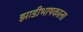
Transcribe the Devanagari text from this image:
झाडीभाषकाला